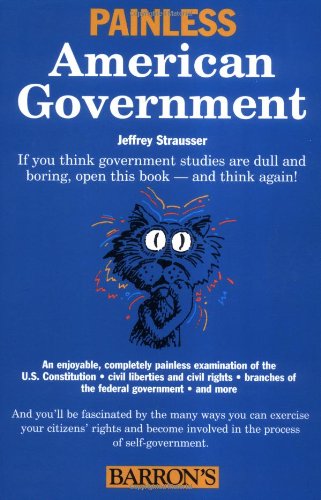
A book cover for Painless American Government (Painless Series); Jeffrey Strausser; Teen & Young Adult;